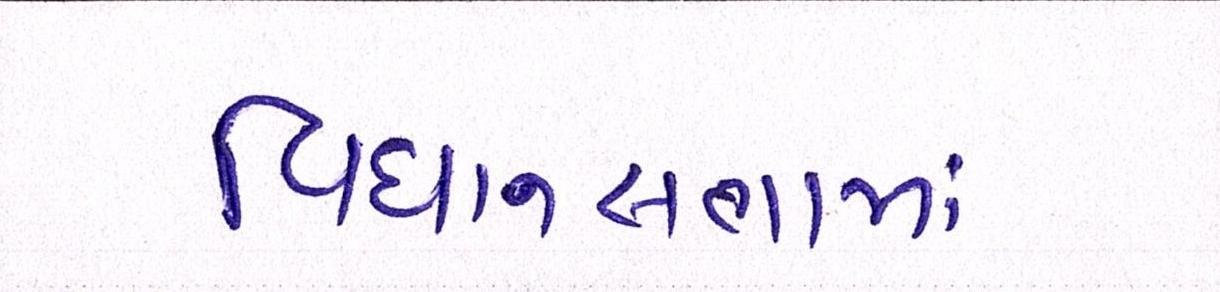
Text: વિધાનસભામાં